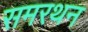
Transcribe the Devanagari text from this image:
समरथन